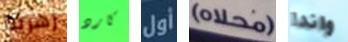
زهرية كارد أول (محلاه) واندا